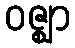
ဝဇ္ဈာ